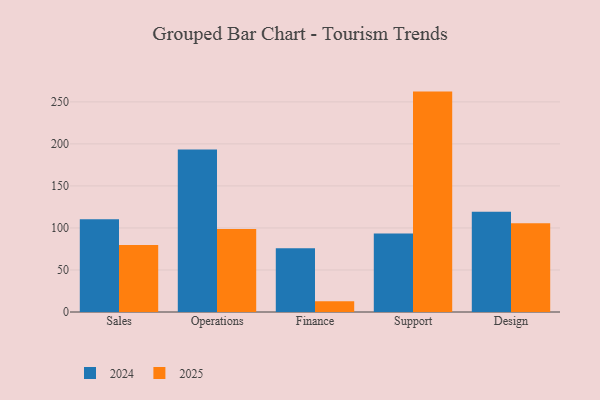
{"axis": {"x": "Department", "y": "Market Share (%)"}, "legend": ["2024", "2025"], "data": [{"x": "Sales", "y": 79.7, "type": "2025"}, {"x": "Sales", "y": 110.2, "type": "2024"}, {"x": "Operations", "y": 98.6, "type": "2025"}, {"x": "Operations", "y": 193.2, "type": "2024"}, {"x": "Finance", "y": 12.8, "type": "2025"}, {"x": "Finance", "y": 75.9, "type": "2024"}, {"x": "Support", "y": 262.2, "type": "2025"}, {"x": "Support", "y": 93.5, "type": "2024"}, {"x": "Design", "y": 105.6, "type": "2025"}, {"x": "Design", "y": 119.2, "type": "2024"}]}